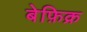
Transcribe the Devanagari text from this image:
बेफ़िक्र